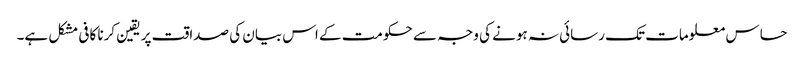
حساس معلومات تک رسائی نہ ہونے کی وجہ سے حکومت کے اس بیان کی صداقت پر یقین کرنا کافی مشکل ہے۔